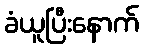
ခံယူပြီးနောက်